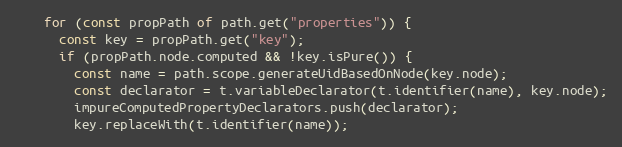
Language: JavaScript
    for (const propPath of path.get("properties")) {
      const key = propPath.get("key");
      if (propPath.node.computed && !key.isPure()) {
        const name = path.scope.generateUidBasedOnNode(key.node);
        const declarator = t.variableDeclarator(t.identifier(name), key.node);
        impureComputedPropertyDeclarators.push(declarator);
        key.replaceWith(t.identifier(name));